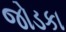
જોડકા